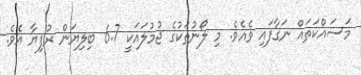
މަސައްކަތައް ނަގާފައި ވެއެވެ. މި ލޯނުތަކުގެ ޖުމުލައަކީ 6.7 ބިލިޔަން ރުފިޔާ އެވެ.